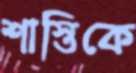
শাস্তিকে